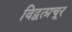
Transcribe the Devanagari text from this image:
विद्वत्प्रचूर